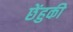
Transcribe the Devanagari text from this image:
छेंहुकी